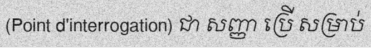
(Point d'interrogation) ជា សញ្ញា ប្រើ សម្រាប់